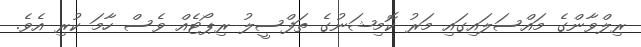
ރިލްވާންގެ މައްސަލައިގައި މަރު ކޮމިޝަނުގެ ތަފްސީލު ރިޕޯޓެއް ވެސް ހާމަ ކުރި އެވެ.